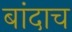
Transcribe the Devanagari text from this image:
बांदाच